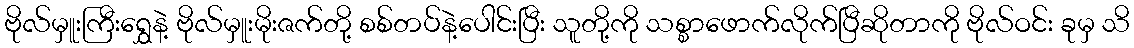
ဗိုလ်မှူးကြီးရွှေနဲ့ ဗိုလ်မှူးမိုးဇက်တို့ စစ်တပ်နဲ့ပေါင်းပြီး သူတို့ကို သစ္စာဖောက်လိုက်ပြီဆိုတာကို ဗိုလ်ဝင်း ခုမှ သိ